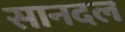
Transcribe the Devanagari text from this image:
सानदल